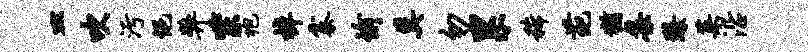
皿吹污悒弊紫袍棹寨愉莫勿累稀葩犹集臻菜沿